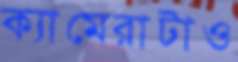
ক্যামেরাটাও